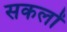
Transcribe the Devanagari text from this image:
सकलों